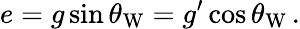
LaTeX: e=g\sin\theta_{\mathrm{W}}=g^{\prime}\cos\theta_{\mathrm{W}}\, .